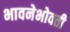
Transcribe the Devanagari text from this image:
भावनेभोवती